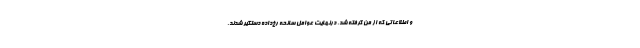
و اطلاعاتی که از من گرفته شد، درنهایت عوامل سانحه رخ‌داده دستگیر شدند.